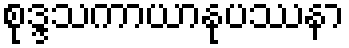
စုဒ္ဒသကာယာနုပဿနာ